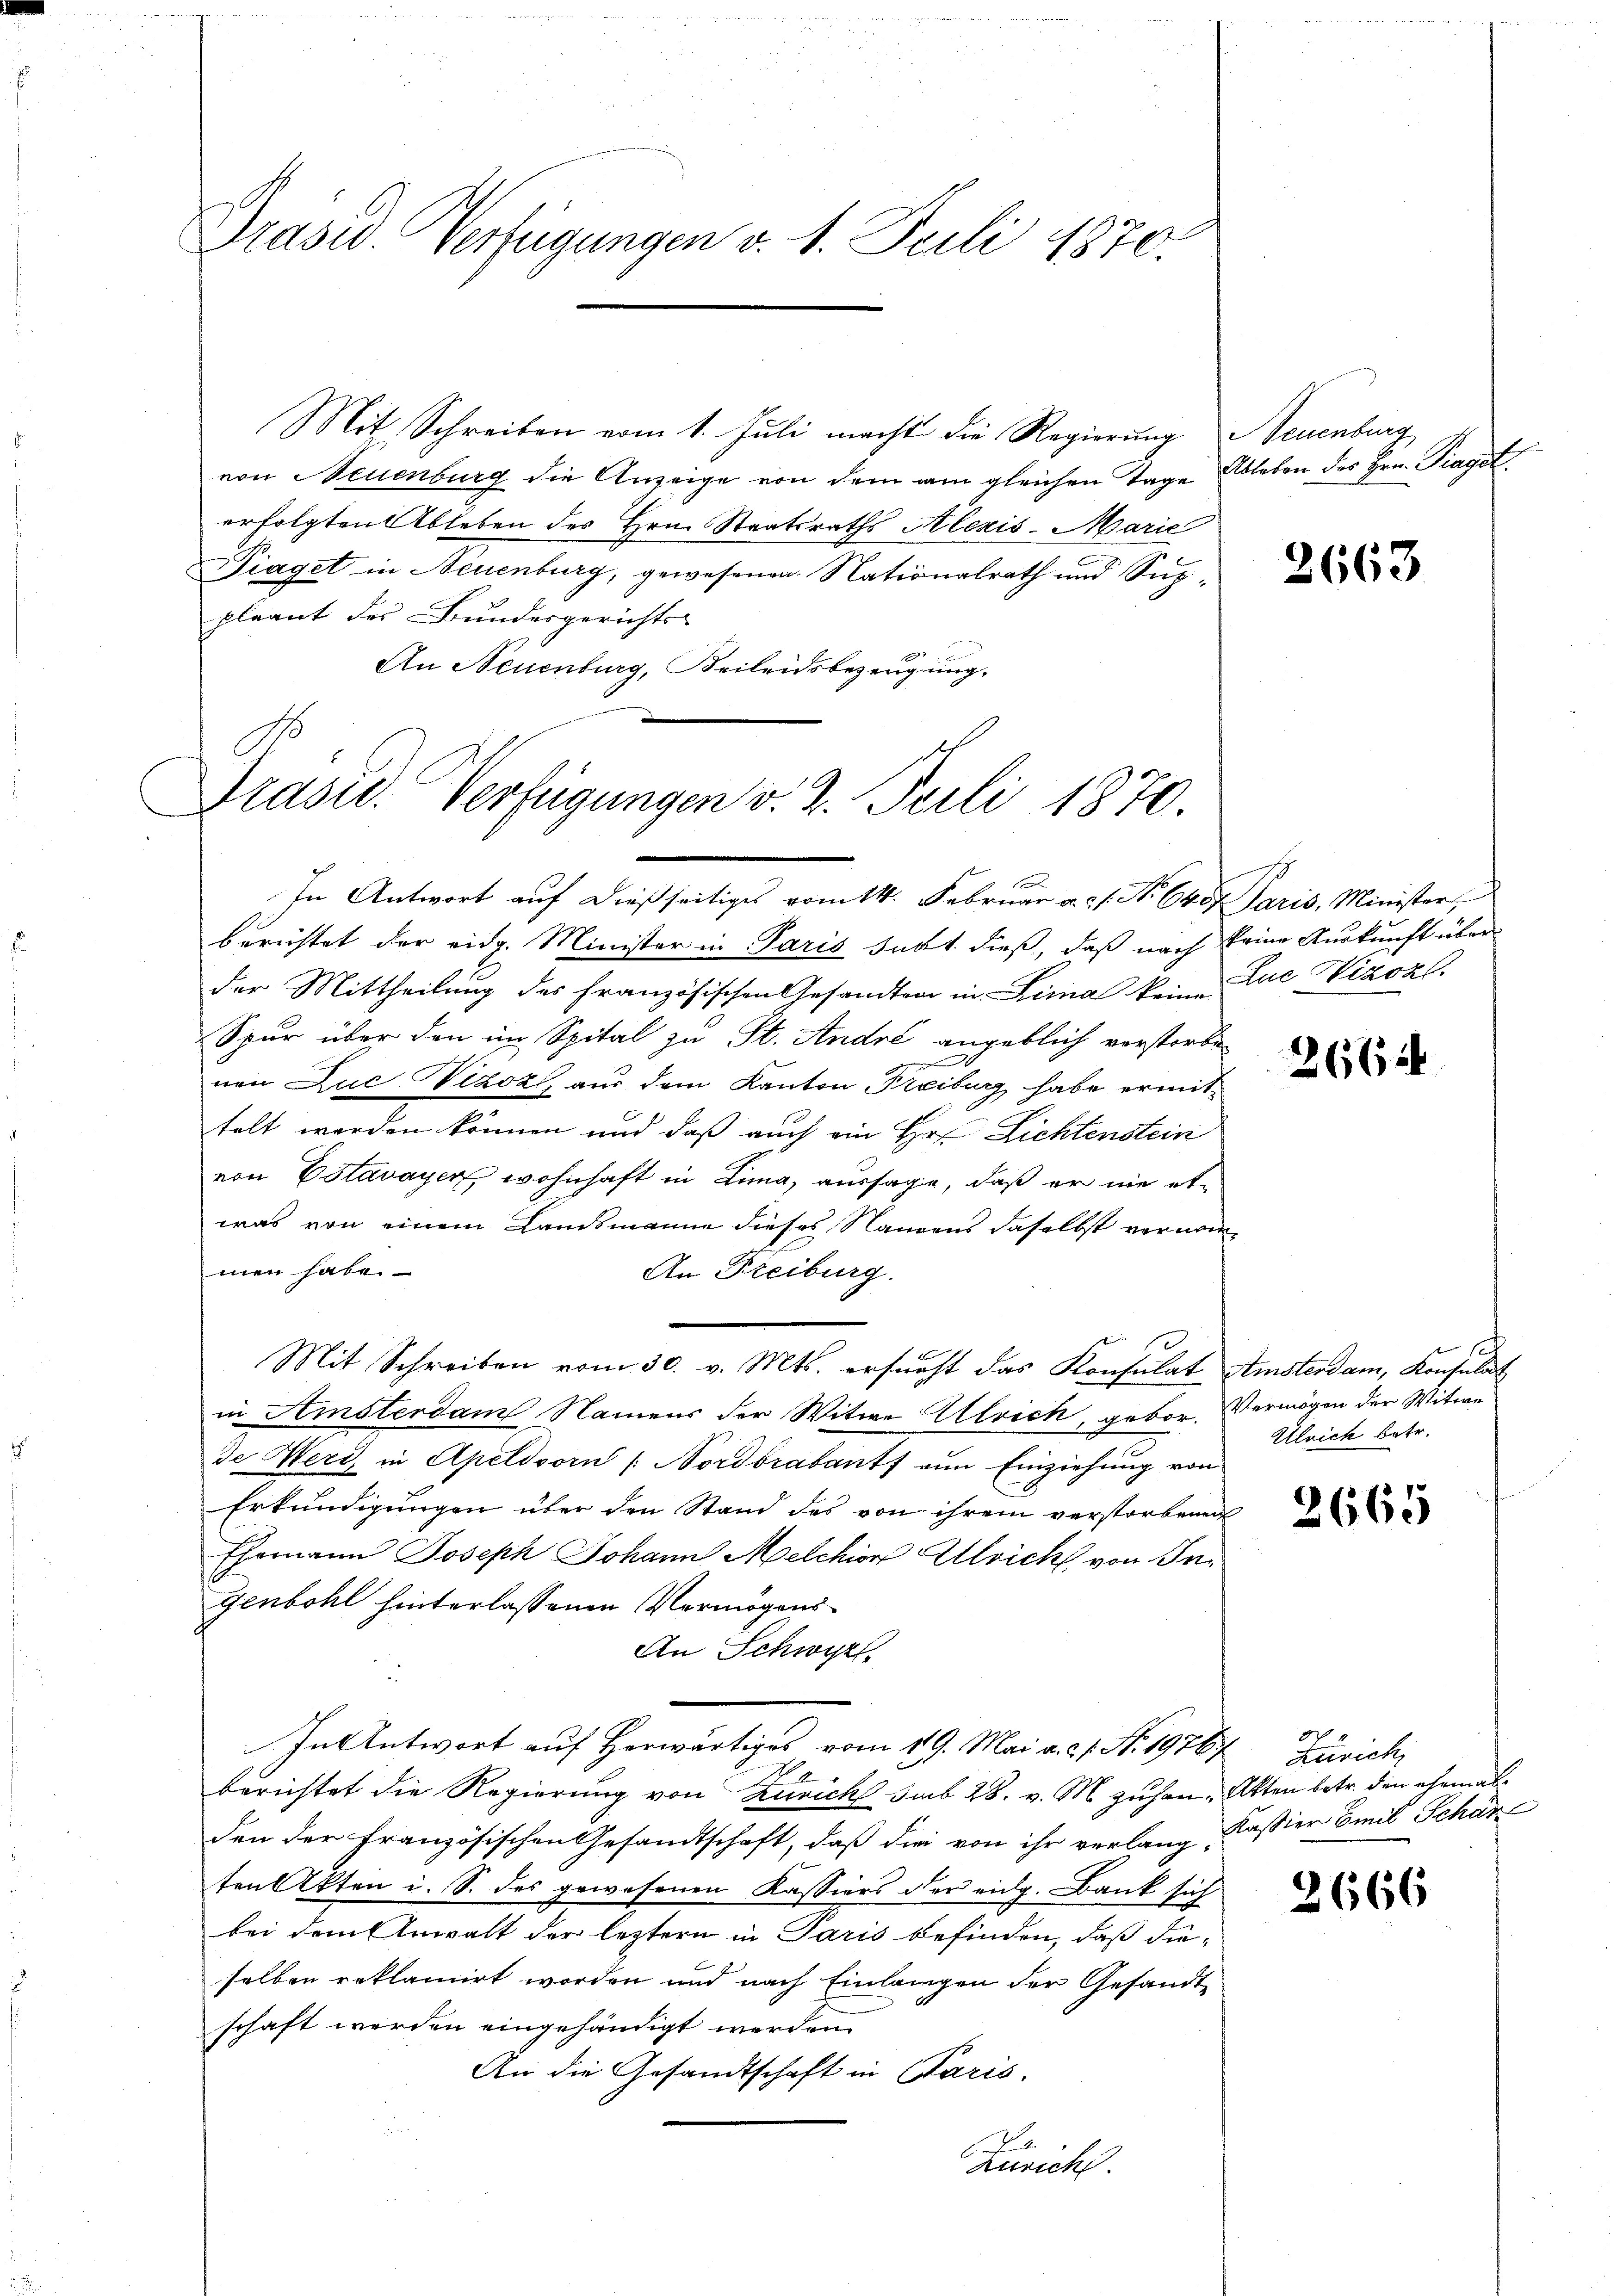
Präsid. Verfügungen v. 1. Juli 1870.

Mit Schreiben vom 1. Juli macht die Regierung Neuenburg
von Neuenburg die Anzeige von dem am gleichen Tage Ableben des Hrn. Fiagst
erfolgten Ableben des Hrn. Staatsraths Klezis-Marie
Piaget in Neuenburg, gewesenen Nationalrath und Suppleant des Bundesgerichts-
An Neuenburg, Beileidsbezeugung.

Präsid. Verfügungen v. 3. Juli 1870.

In Antwort auf dießseitiges vom 14. Februar a. 1. No. 645. Paris, Minister,
berichtet der eidg. Minister in Paris Sekt. dieß, daß nach keine Auskunft über
der Mittheilung des französischen Gesandten in Limal keine Luc Nizoz.
Spur über den im Spital zu St. André angeblich verstorben
nen Zuc Vizoz, aus dem Kanton Treiburg habe ermittelt werden können und daß auch ein Hr. Lichtenstein
von Estavayer, wohnhaft in Lina, aussage, daß er nie etwas von einem Landsmanne dieses Nangens daselbst vernommen habe.
An Freiburg.
Mit Schreiben vom 30. v. Mts. ersŭcht das Konsulat Amsterdam, Konsulat
in Amsterdam Namens der Witwe Alvich, gebor. Vermögen der Witwe
de Wert in Apeldorn /: Nordbrabants von Einziehung von
Erkundigungen über den Stand des von ihrem verstorbenen
Ehemann Joseph Johann Melchior Alleich von Ingenbohl hinterlassenen Vermögens¬
An Schwyzt
In Antwort auf Herwärtiges vom 19. Mai a. 21. No. 19767 zurich
berichtet die Regierung von Zürich sub 28. v. M. zuhan. Akten betr. den ehemal
den der französischen Gesandtschaft, daß die von ihr verlang, Kassier Emil Schär
ten Akten i. S. des gewesenen Kassiers der eidg. Bank sich
bei dem Anwalt der leztern in Paris befinden, daß dieselben reklamirt worden und nach Einlangen der Gesandtschaft werden eingehändigt werden.
An die Gesandtschaft in Paris.
Zürich.

2663

26644

Ulrich betr.

2665

o

2666